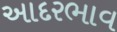
આદરભાવ